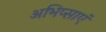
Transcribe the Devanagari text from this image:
अभिप्साएं